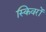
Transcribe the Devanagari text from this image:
स्किवरों